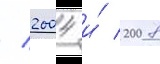
/ 2004 и́ 2008